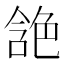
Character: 𰰘